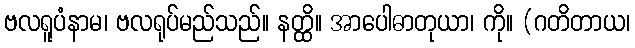
ဗလရူပံနာမ၊ ဗလရုပ်မည်သည်။ နတ္ထိ။ အာပေါဓာတုယာ၊ ကို။ (ဂတိတာယ၊